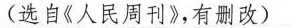
(选自《人民周刊》，有测改）